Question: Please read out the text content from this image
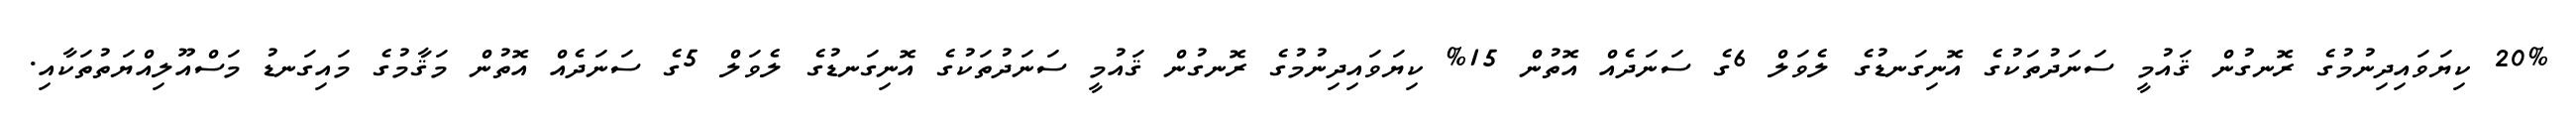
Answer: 20% ކިޔަވައިދިނުމުގެ ރޮނގުން ޤައުމީ ސަނަދުތަކުގެ އޮނިގަނޑުގެ ލެވަލް 6ގެ ސަނަދެއް އޮތުން 15% ކިޔަވައިދިނުމުގެ ރޮނގުން ޤައުމީ ސަނަދުތަކުގެ އޮނިގަނޑުގެ ލެވަލް 5ގެ ސަނަދެއް އޮތުން މަޤާމުގެ މައިގަނޑު މަސްއޫލިއްޔަތުތަކާއި.